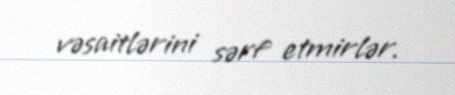
vəsaitlərini sərf etmirlər.